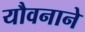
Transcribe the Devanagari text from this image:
यौवनाने